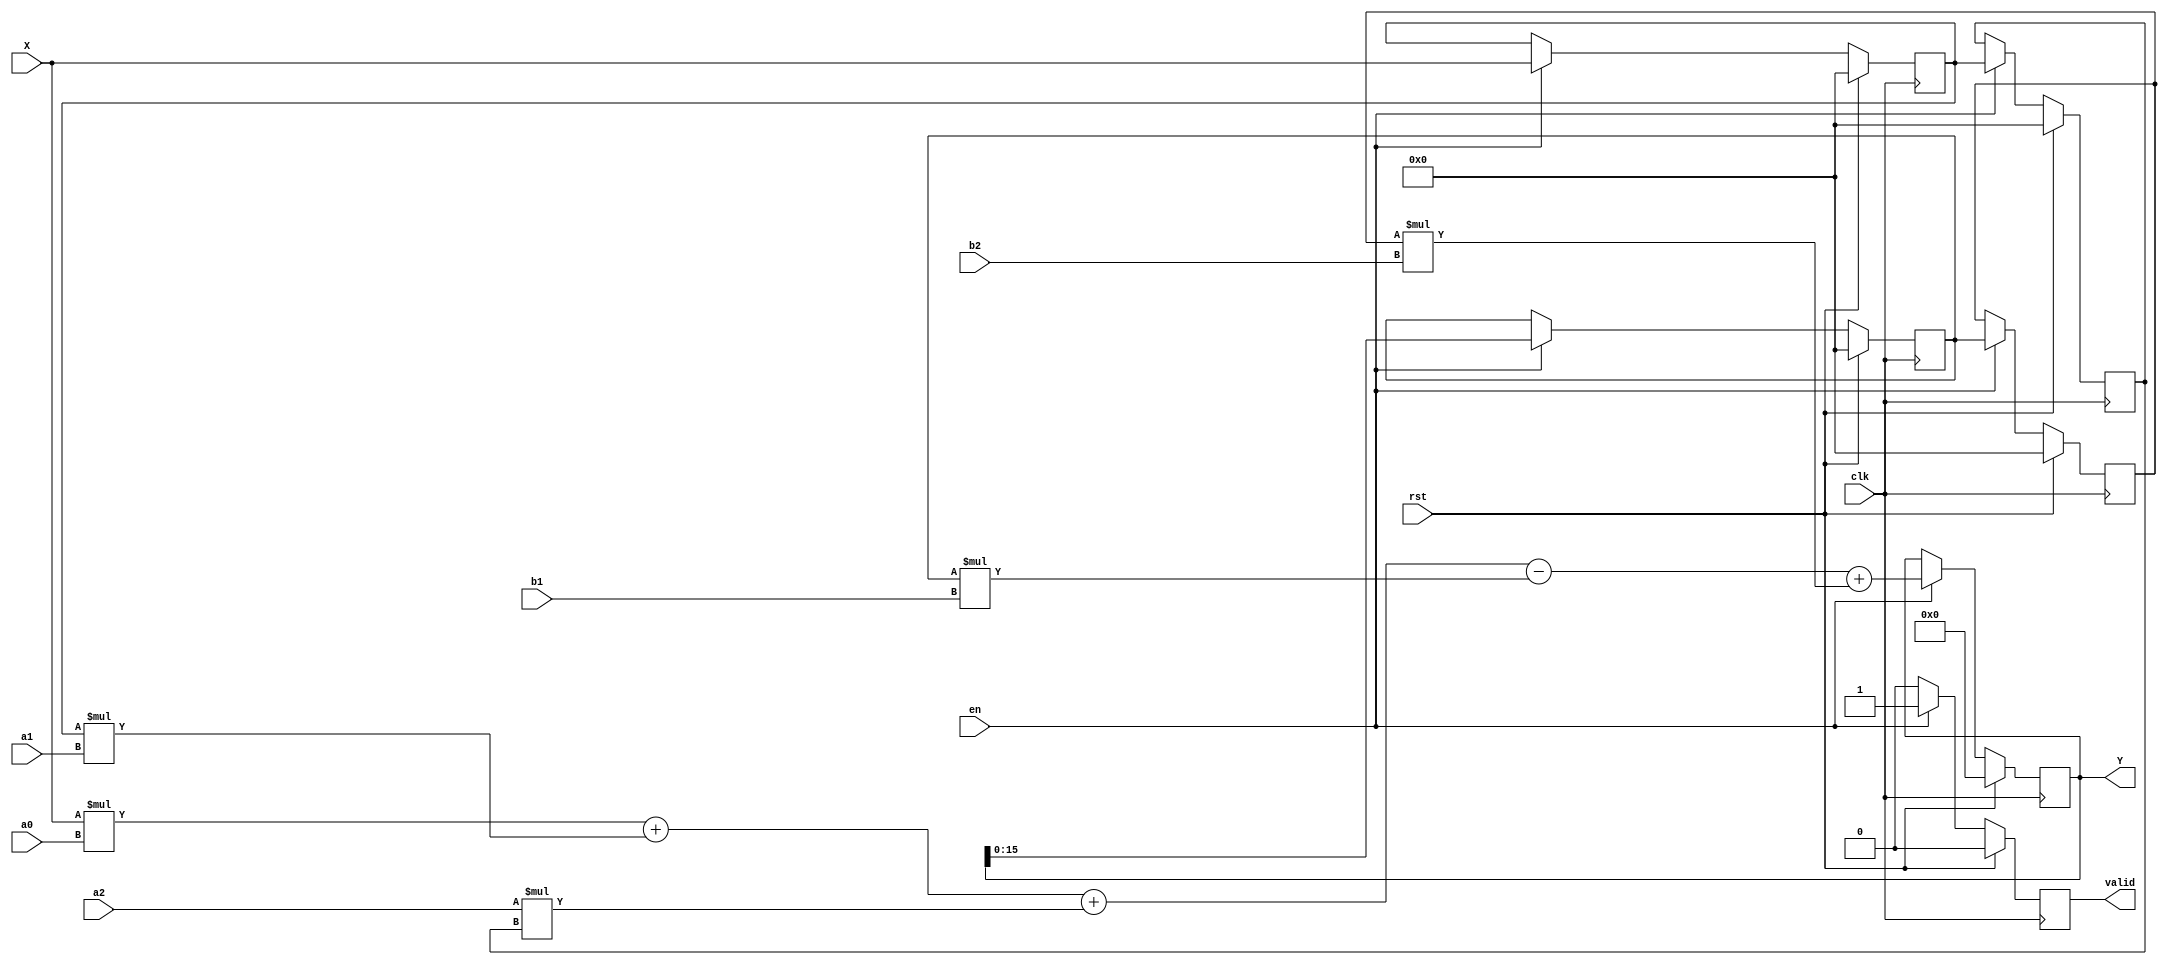
/*
IIR filter for MPW-2
*/
module IIR_Filter
  #(
    parameter N  = 16)
  (
    input wire clk,
    input wire rst,
    input wire en,
    input wire [N-1:0] X,
    input wire [N-1:0] a0,
    input wire [N-1:0] a1,
    input wire [N-1:0] a2,
    input wire [N-1:0] b1,
    input wire [N-1:0] b2,
    output reg  valid,
    output reg [2*N-1:0] Y);
  
  reg [N-1:0] X1, X2;
  reg [N-1:0] Y1, Y2;
  wire [N-1:0] Yt;
  
  //assign Y = Yt;
  //assign Yt = X*a0 + X1*a1 + a2*X2 - Y1*b1 + Y2*b2;
  
  always@(posedge clk) begin
    if(rst ==1'b1) 
    begin
      Y1 <= 0;
      Y2 <= 0;
      X1 <= 0;
      X2 <= 0;
			Y <= 0;
			valid <=0;
    end
    else if(en == 1'b1) 
    begin 
      Y1 <= Y;
      Y2 <= Y1;
      X1 <= X;
      X2 <= X1;
  	  Y <= X*a0 + X1*a1 + a2*X2 - Y1*b1 + Y2*b2;
			valid <=1;
    end
		else 
			valid <=0;
  end
  
endmodule